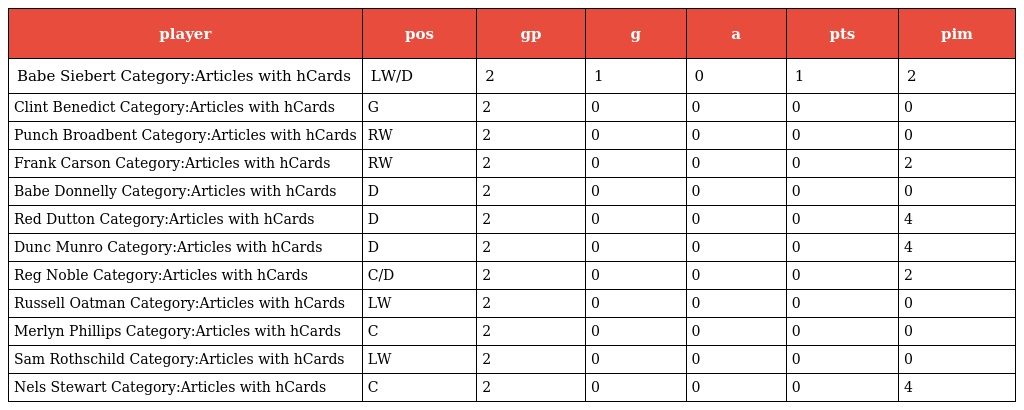
| player | pos | gp | g | a | pts | pim |
 | --- | --- | --- | --- | --- | --- | --- |
 | Babe Siebert Category:Articles with hCards | LW/D | 2 | 1 | 0 | 1 | 2 |
 | Clint Benedict Category:Articles with hCards | G | 2 | 0 | 0 | 0 | 0 |
 | Punch Broadbent Category:Articles with hCards | RW | 2 | 0 | 0 | 0 | 0 |
 | Frank Carson Category:Articles with hCards | RW | 2 | 0 | 0 | 0 | 2 |
 | Babe Donnelly Category:Articles with hCards | D | 2 | 0 | 0 | 0 | 0 |
 | Red Dutton Category:Articles with hCards | D | 2 | 0 | 0 | 0 | 4 |
 | Dunc Munro Category:Articles with hCards | D | 2 | 0 | 0 | 0 | 4 |
 | Reg Noble Category:Articles with hCards | C/D | 2 | 0 | 0 | 0 | 2 |
 | Russell Oatman Category:Articles with hCards | LW | 2 | 0 | 0 | 0 | 0 |
 | Merlyn Phillips Category:Articles with hCards | C | 2 | 0 | 0 | 0 | 0 |
 | Sam Rothschild Category:Articles with hCards | LW | 2 | 0 | 0 | 0 | 0 |
 | Nels Stewart Category:Articles with hCards | C | 2 | 0 | 0 | 0 | 4 |